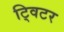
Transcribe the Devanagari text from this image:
ट्विटर